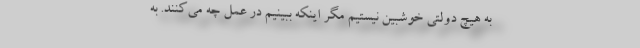
به هیچ دولتی خوشبین نیستیم مگر اینکه ببینیم در عمل چه می‌کنند. به